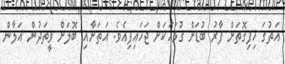
އަތުގަ ހިފިގޮތަށް ފާރު ބުޑަށް ގުޅައަކަށް ޖަހައިފިއެވެ. އަތަށާއި ބޮލަށް ވީތަދުން އަލާން